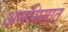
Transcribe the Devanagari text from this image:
असमियात